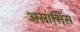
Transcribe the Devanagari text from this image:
असासिंस